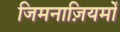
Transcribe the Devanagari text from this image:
जिमनाज़ियमों